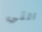
التي